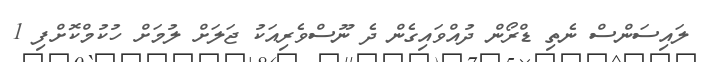
ލައިސަންސް ނެތި ޑްރޯން ދުއްވައިގެން ދެ ނޫސްވެެރިއަކު ޖަލަށް ލުމަށް ހުކުމްކޮށްފި 1